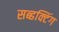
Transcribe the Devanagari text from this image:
सब्डक्टिंग